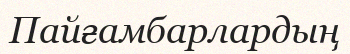
Пайғамбарлардың